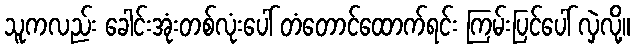
သူကလည်း ခေါင်းအုံးတစ်လုံးပေါ် တံတောင်ထောက်ရင်း ကြမ်းပြင်ပေါ် လှဲလို့။